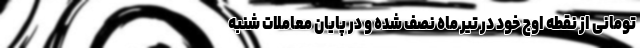
تومانی از نقطه اوج خود در تیر ماه نصف شده و در پایان معاملات شنبه